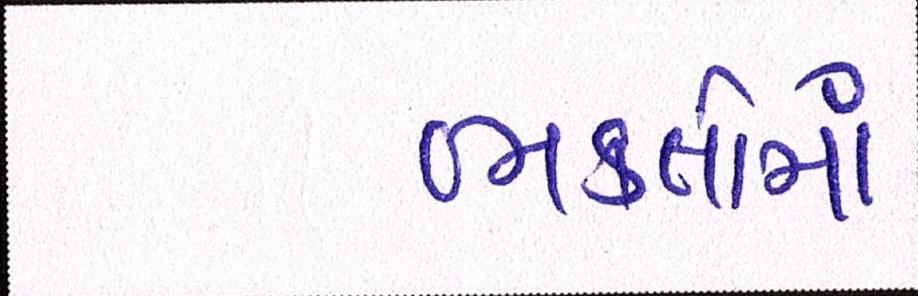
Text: ભકતોમાં